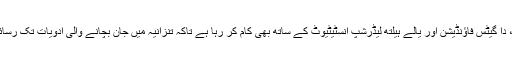
کوکاکولا کا نظام گلوبل فنڈ، دا گیٹس فاؤنڈیشن اور یالے ہیلتھ لیڈرشپ انسٹیٹیوٹ کے ساتھ بھی کام کر رہا ہے تاکہ تنزانیہ میں جان بچانے والی ادویات تک رسائی میں اضافہ کیا جا سکے۔